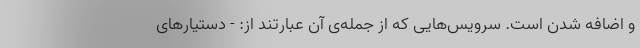
و اضافه شدن است. سرویس‌هایی که از جمله‌ی آن عبارتند از: - دستیارهای